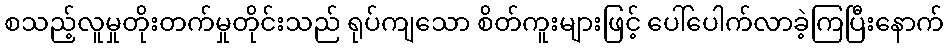
စသည့်လူမှုတိုးတက်မှုတိုင်းသည် ရုပ်ကျသော စိတ်ကူးများဖြင့် ပေါ်ပေါက်လာခဲ့ကြပြီးနောက်